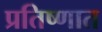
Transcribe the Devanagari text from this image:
प्रतिष्णात